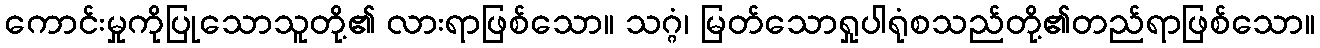
ကောင်းမှုကိုပြုသောသူတို့၏ လားရာဖြစ်သော။ သဂ္ဂံ၊ မြတ်သောရှုပါရုံစသည်တို့၏တည်ရာဖြစ်သော။